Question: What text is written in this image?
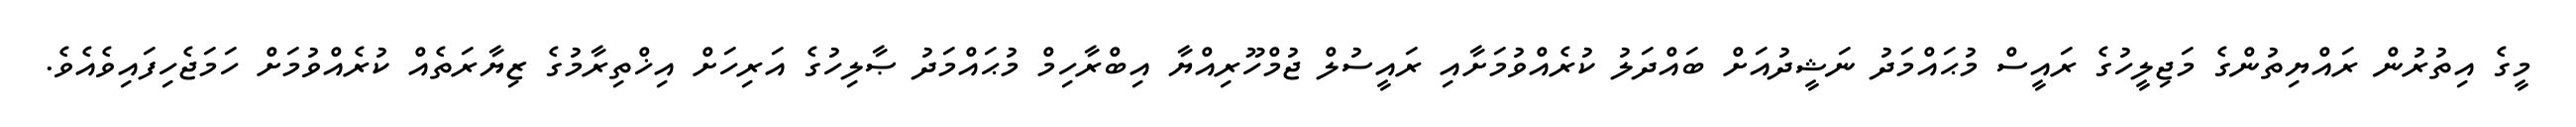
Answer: މީގެ އިތުރުން ރައްޔިތުންގެ މަޖިލީހުގެ ރައީސް މުޙައްމަދު ނަޝީދުއަށް ބައްދަލު ކުރެއްވުމަށާއި ރައީސުލް ޖުމްހޫރިއްޔާ އިބްރާހިމް މުޙައްމަދު ޞާލިހުގެ އަރިހަށް އިޚްތިރާމުގެ ޒިޔާރަތެއް ކުރެއްވުމަށް ހަމަޖެހިފައިވެއެވެ.